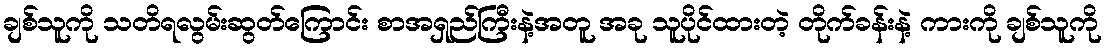
ချစ်သူကို သတိရလွမ်းဆွတ်ကြောင်း စာအရှည်ကြီးနဲ့အတူ အခု သူပိုင်ထားတဲ့ တိုက်ခန်းနဲ့ ကားကို ချစ်သူကို